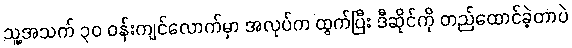
သူ့အသက် ၃၀ ဝန်းကျင်လောက်မှာ အလုပ်က ထွက်ပြီး ဒီဆိုင်ကို တည်ထောင်ခဲ့တာပဲ